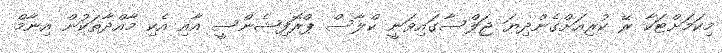
މިކަމަށްޓަކާ ރޭ ކުރިއަށްގެންދިޔަ ޖަލްސާގައިވަނީ ކްލާސް ޕްރޮފިޝެންސީ އާއި އެކި މާއްދާތަކުން އިނާމް